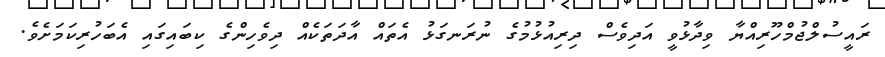
ރައީސުލްޖުމްހޫރިއްޔާ ވިދާޅުވީ އަދިވެސް ދިރިއުޅުމުގެ ނުރަނގަޅު އެތައް އާދަތަކެއް ދިވެހިންގެ ކިބައިގައި އެބަހުރިކަމަށެވެ.